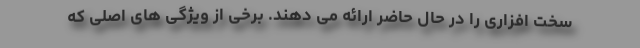
سخت افزاری را در حال حاضر ارائه می دهند. برخی از ویژگی های اصلی که